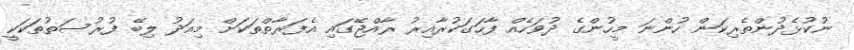
ނުކުޅެދުންތެރިކަން ހުންނަ މީހުންގެ ދުވަހެއް ފާހަގަކުރާއިރު ރާއްޖޭގައި އެފަރާތްތަކަށް މިއަދު ލިބޭ ފުރުސަތުތަކަކީ